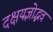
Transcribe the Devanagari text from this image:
दक्षयज्ञोद्भव